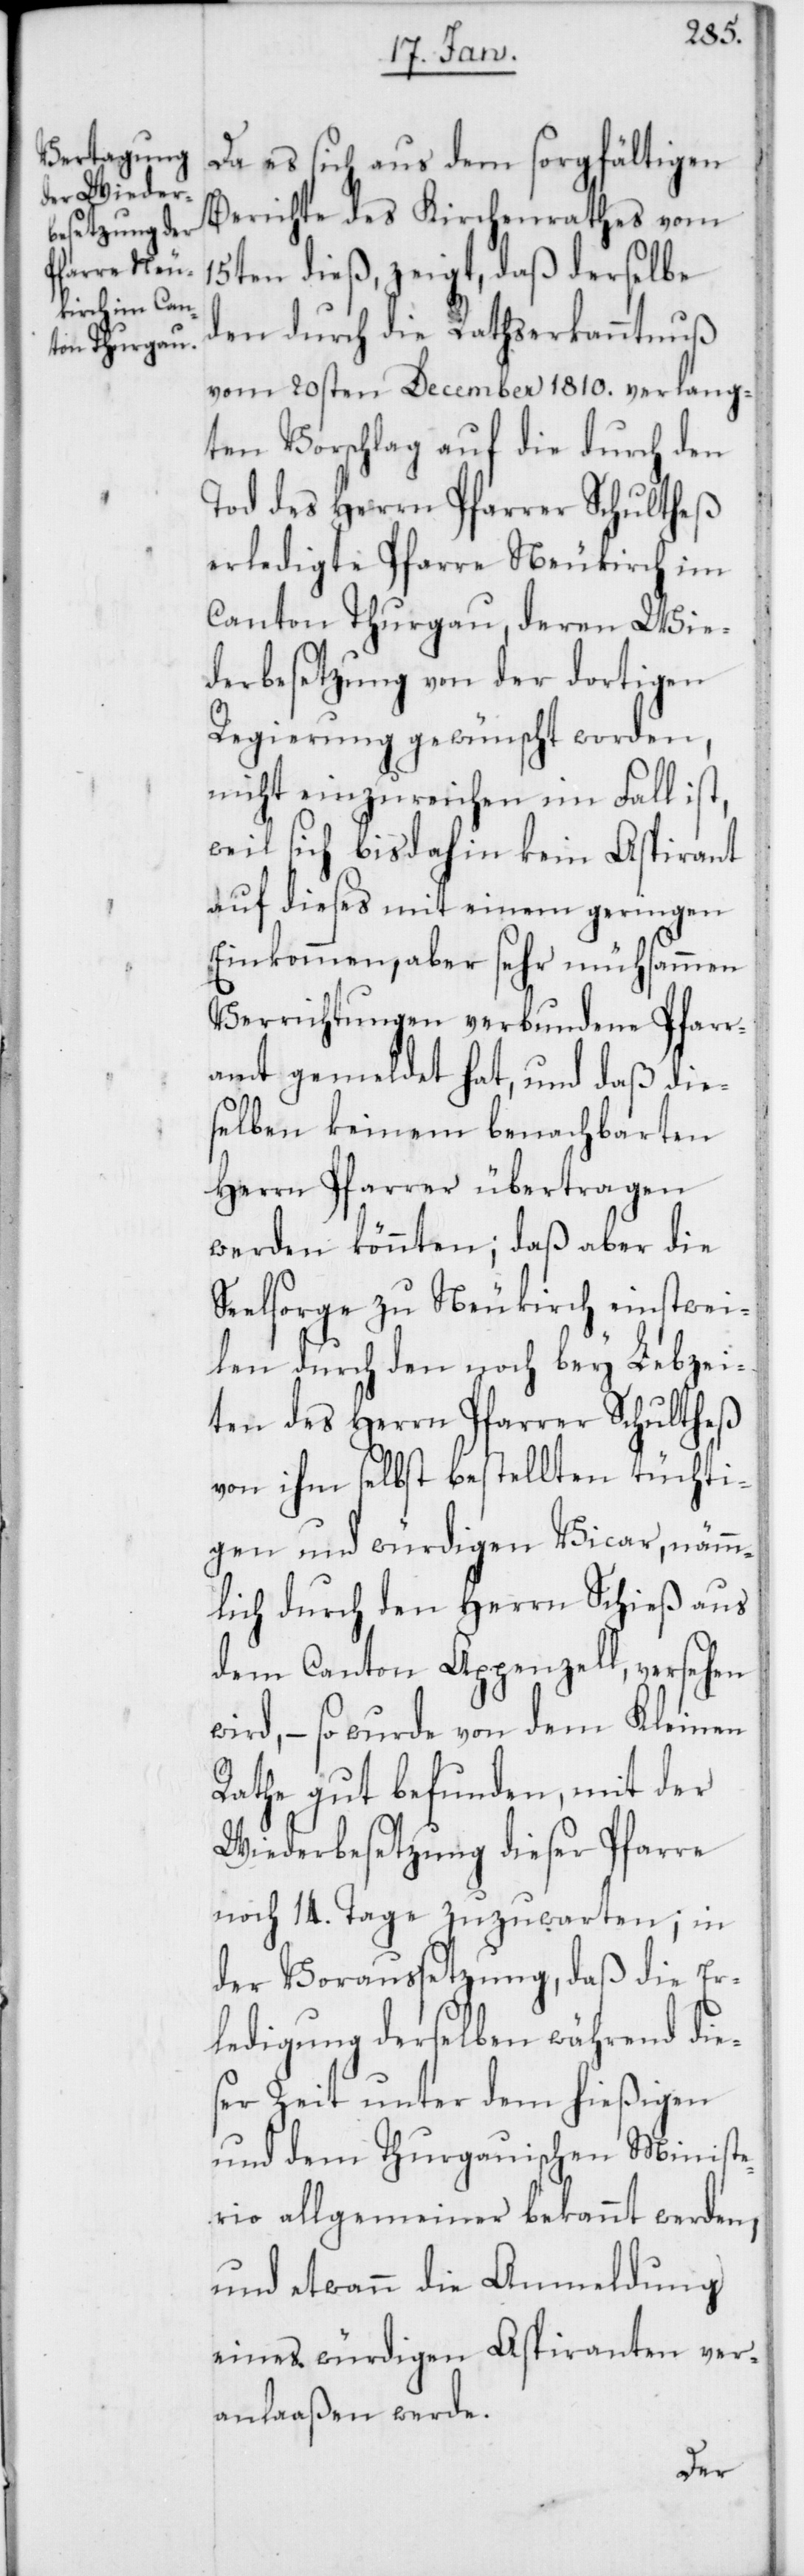
Da es sich aus dem sorgfältigen
Berichte des Kirchenrathes vom
15ten dieß, zeigt, daß derselbe
den durch die Rathserkanntnuß
vom 20sten December 1810. verlang¬
ten Vorschlag auf die durch den
Tod des Herrn Pfarrer Schultheß
erledigte Pfarre Neukirch im
Canton Thurgau, deren Wie¬
derbesetzung von der dortigen
Regierung gewünscht worden,
nicht einzureichen im Fall
weil sich bis dahin kein Aspirant
auf dieses mit einem geringen
Einkommen, aber sehr mühsamen
Verrichtungen verbundene Pfarr¬
amt gemeldet hat, und daß die¬
selben keinem benachbarten
Herren Pfarrer übertragen
werden könnten; daß aber die
Seelsorge zu Neukirch einstwei¬
len durch den noch bey Lebzei¬
ten des Herrn Pfarrer Schultheß
von ihm selbst bestellten tüchti¬
gen und würdigen Vicar, nämm¬
lich durch den Herrn Schieß aus
dem Canton Appenzell, versehen
wird, – so wurde von dem Kleinen
Rathe gut befunden, mit der
Wiederbesetzung dieser Pfarre
noch 14. Tage zuzuwarten; in
der Voraussetzung, daß die Er¬
ledigung derselben während die¬
ser Zeit unter dem hießigen
und dem Thurgauischen Ministe¬
rio allgemeiner bekannt werden,
und etwann die Anmeldung
eines würdigen Aspiranten ver¬
anlaßen werde.